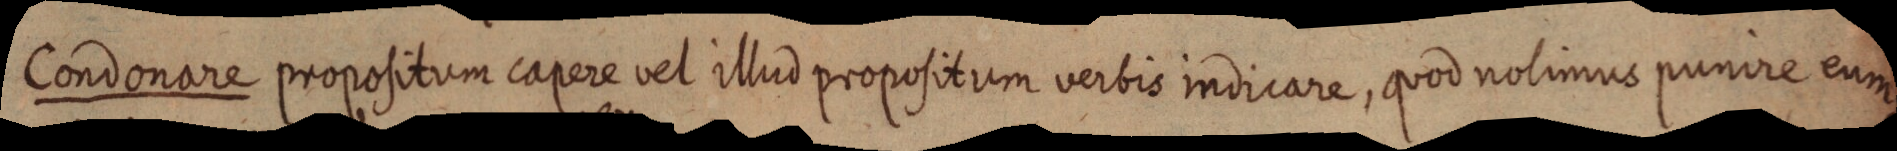
Condonare propositum capere vel illud propositum verbis indicare, quod nolimus punire eum